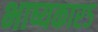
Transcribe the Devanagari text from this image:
भाष्यकार५